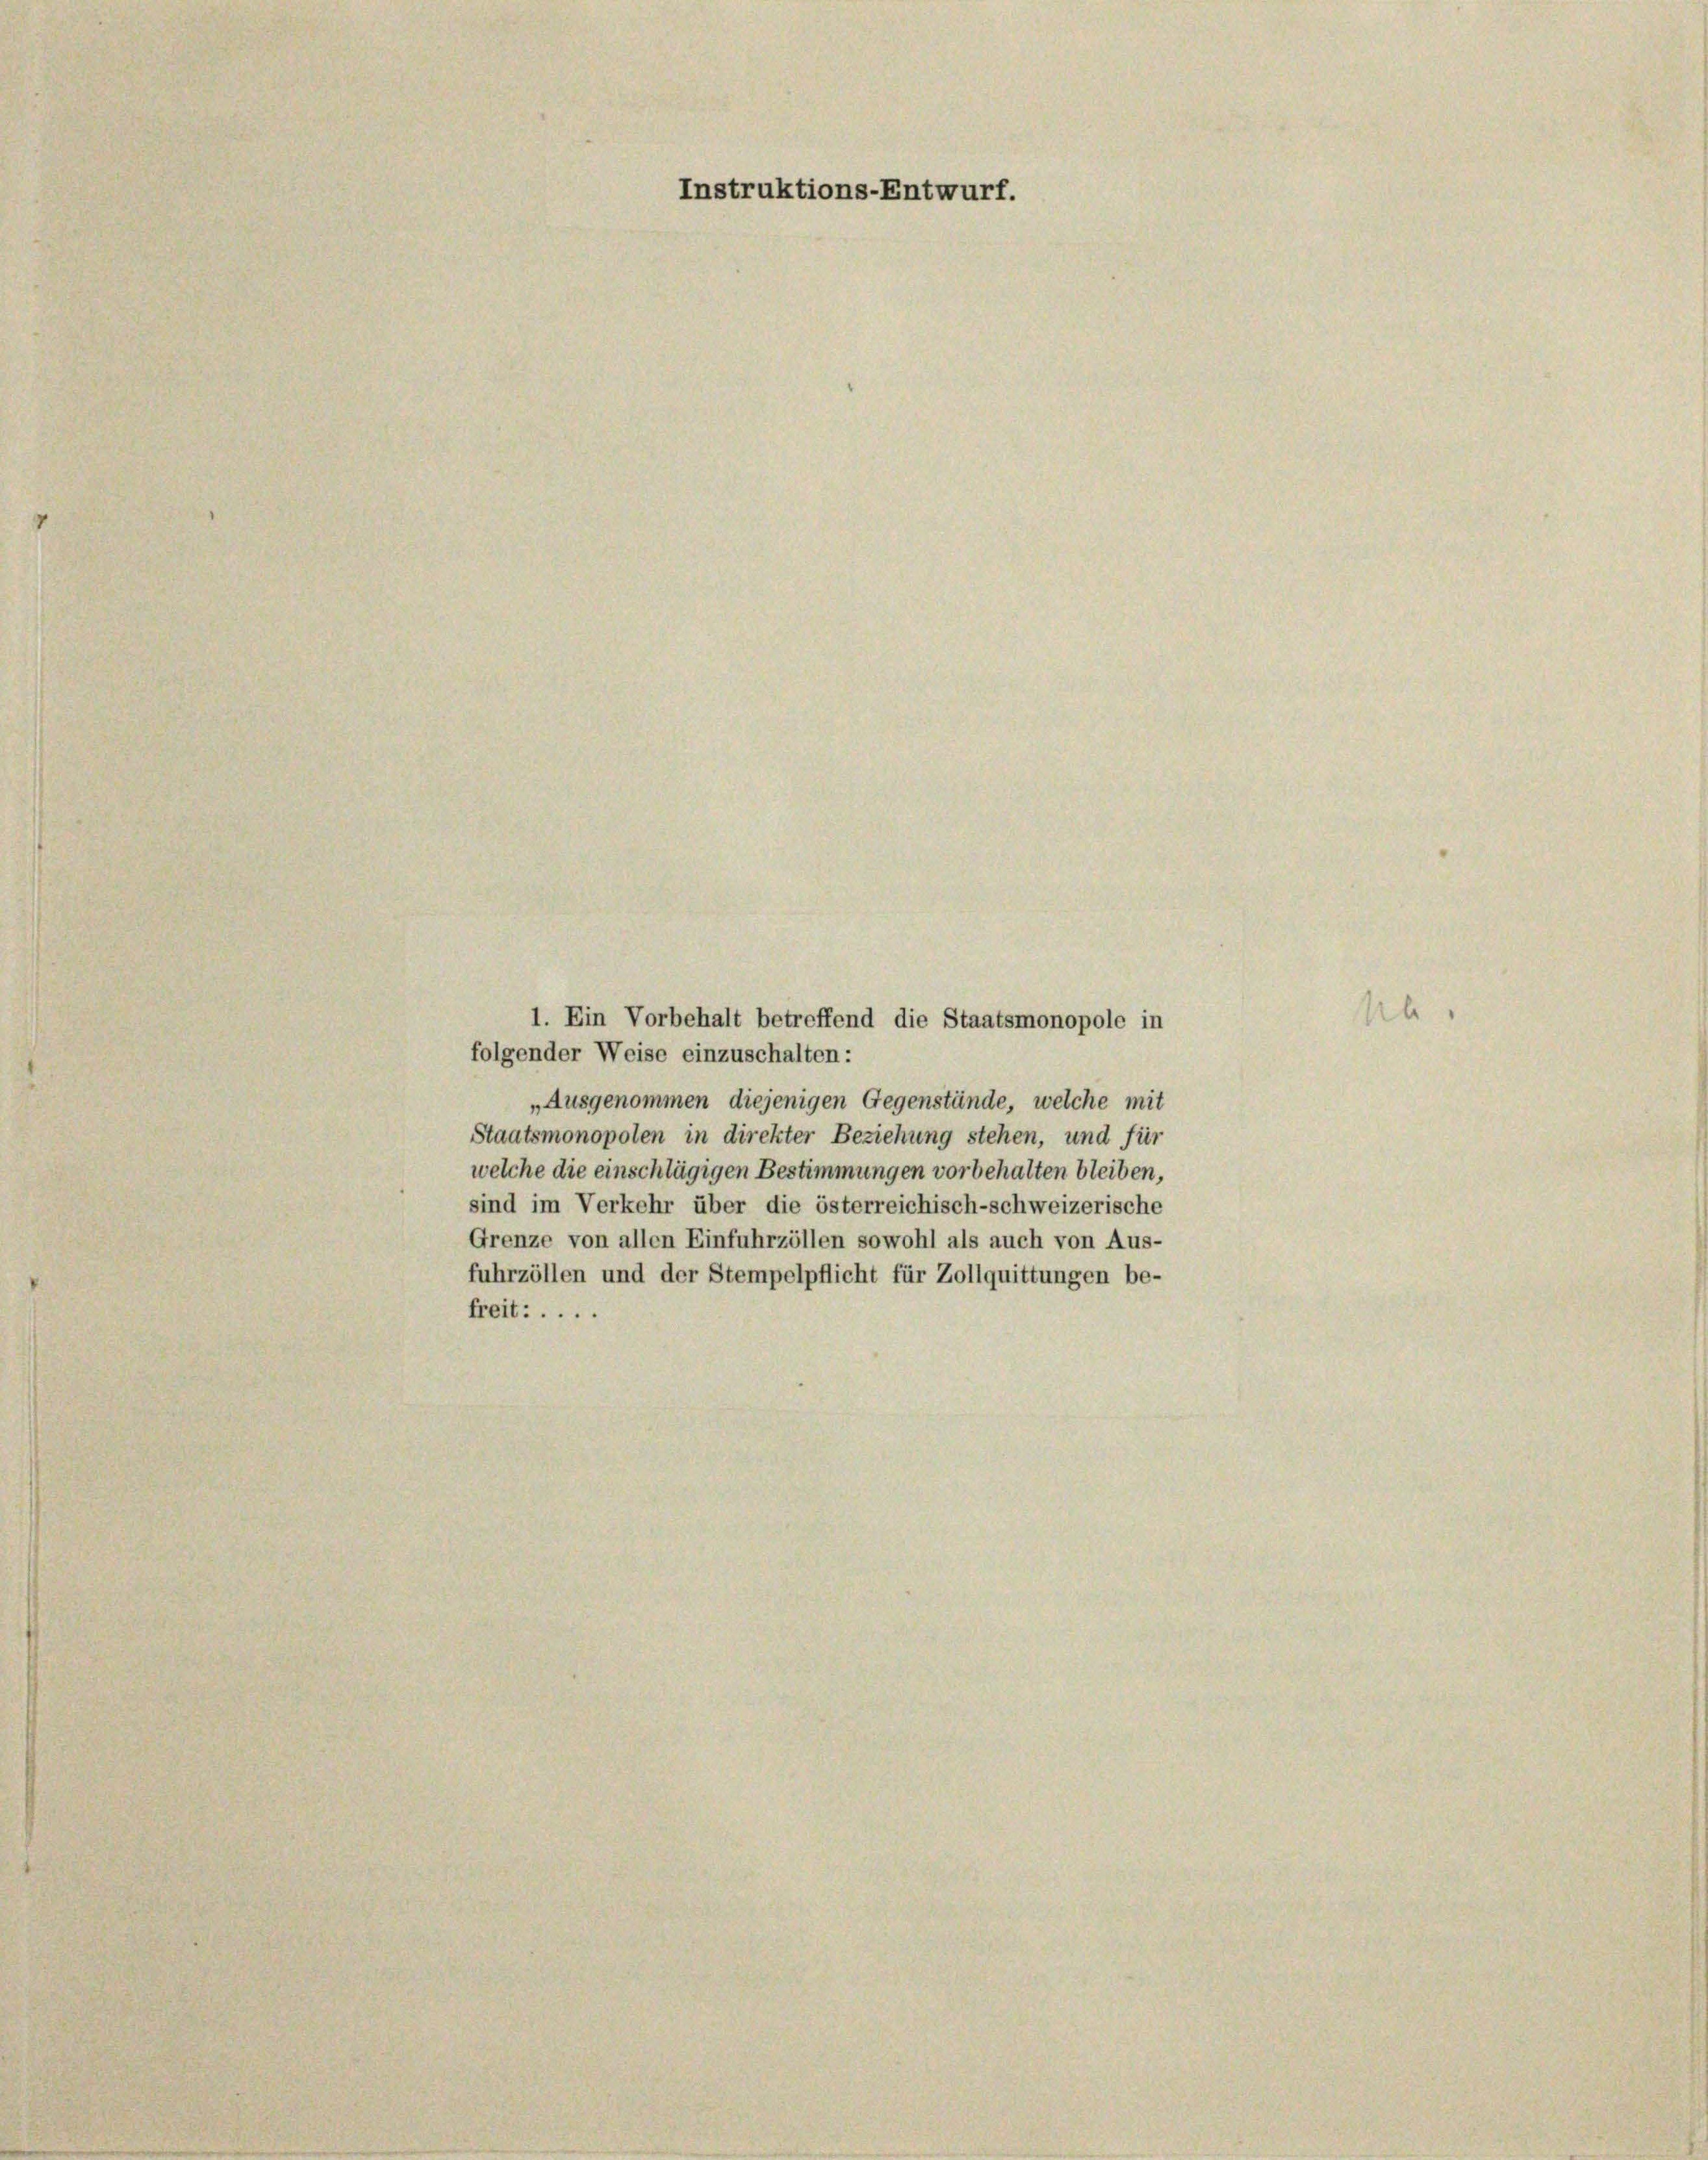
1. Ein Vorbehalt betreffend die Staatsmonopole in
folgender Weise einzuschalten:
„Ausgenommen diejenigen Gegenstände, welche mit
Staatsmonopolen in direkter Beziehung stehen, und für
welche die einschlägigen Bestimmungen vorbehalten bleiben,
sind im Verkehr über die österreichisch-schweizerische
Grenze von allen Einfuhrzöllen sowohl als auch von Aus-
fuhrzöllen und der Stempelpflicht für Zollquittungen be-
freit: ....

Instruktions-Entwurf.

b